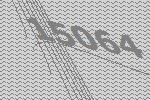
15064